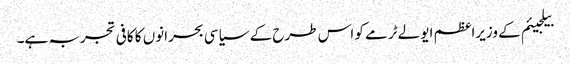
بیلجیئم کے وزیراعظم ایو لےٹرمے کو اس طرح کے سیاسی بحرانوں کا کافی تجربہ ہے۔